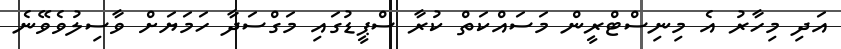
އަދި މިހާރު އެ މިނިސްޓްރީން މަސައްކަތް ކުރާ ސްޕީޑުގައި މަގްސަދާ ހަމަޔަށް ވާސިލުވެވޭނެ